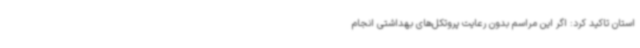
استان تاکید کرد: اگر این مراسم بدون رعایت پروتکل‌های بهداشتی انجام